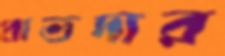
প্রাভদার